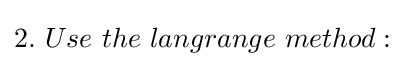
\textstyle 2.\ Use\ the\ langrange\ method: